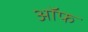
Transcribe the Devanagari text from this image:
अॉफ